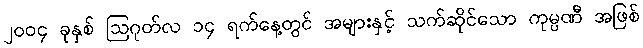
၂၀၀၄ ခုနှစ် ဩဂုတ်လ ၁၄ ရက်နေ့တွင် အများနှင့် သက်ဆိုင်သော ကုမ္ပဏီ အဖြစ်